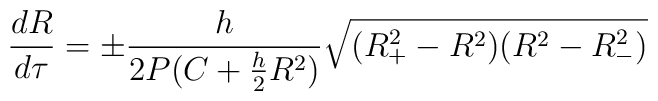
\frac{dR}{d\tau}=\pm\frac{h}{2P(C+\frac{h}{2}R^2)}\sqrt{(R^2_+-R^2)(R^2-R^2_-)}